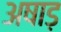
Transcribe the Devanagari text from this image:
अषाड़